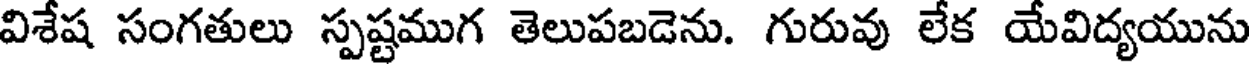
విశేష సంగతులు స్పష్టముగ తెలుపబడెను. గురువు లేక యేవిద్యయును